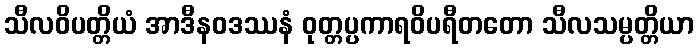
သီလဝိပတ္တိယံ အာဒီနဝဒဿနံ ဝုတ္တပ္ပကာရဝိပရီတတော သီလသမ္ပတ္တိယာ